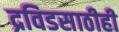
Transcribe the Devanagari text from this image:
द्रविडसाठीही